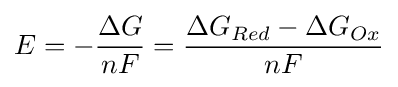
E=-{\frac {\Delta G}{nF}}={\frac {\Delta G_{Red}-\Delta G_{Ox}}{nF}}